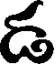
డ